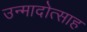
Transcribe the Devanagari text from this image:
उन्मादोत्साह